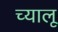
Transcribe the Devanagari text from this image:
च्यालू